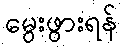
မွေးဖွားရန်